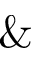
\&